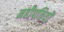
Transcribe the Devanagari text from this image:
महीपतियों